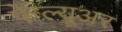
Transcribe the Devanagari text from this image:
फेल्यूअर